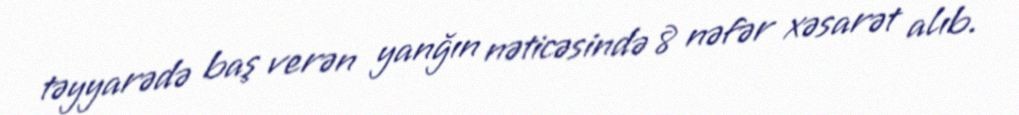
təyyarədə baş verən yanğın nəticəsində 8 nəfər xəsarət alıb.